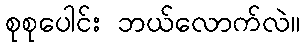
စုစုပေါင်း ဘယ်လောက်လဲ။